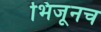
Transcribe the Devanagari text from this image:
भिजूनच